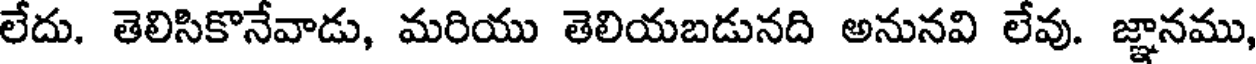
లేదు. తెలిసికొనేవాడు, మరియు తెలియబడునది అనునవి లేవు. జ్ఞానము,